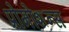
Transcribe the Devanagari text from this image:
प्रोमोशन्स